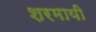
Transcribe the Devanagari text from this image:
शरमायी